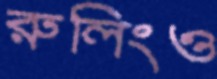
রুলিংও